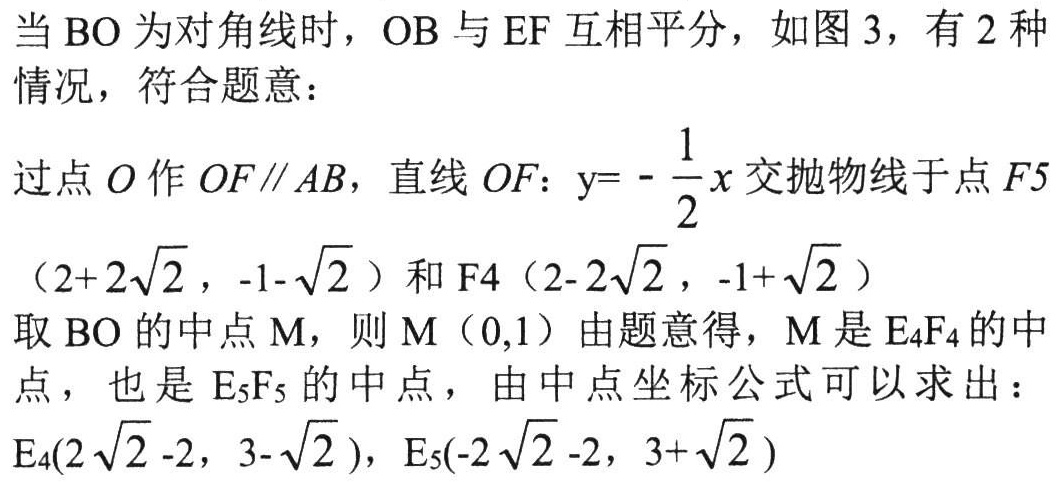
当$\mathrm{BO}$为对角线时，$\mathrm{OB}$与$\mathrm{EF}$互相平分，如图 3，有 2 种情况，符合题意：
过点$O$作$OF\parallel AB$，直线$OF$：$y = -\frac{1}{2}x$交抛物线于点$F5$
$(2 + 2\sqrt{2}, -1 - \sqrt{2})$和$F4(2 - 2\sqrt{2}, -1 + \sqrt{2})$
取$\mathrm{BO}$的中点$\mathrm{M}$，则$\mathrm{M}(0,1)$由题意得，$\mathrm{M}$是$\mathrm{E}_{4}\mathrm{F}_{4}$的中点，也是$\mathrm{E}_{5}\mathrm{F}_{5}$的中点，由中点坐标公式可以求出：
$\mathrm{E}_{4}(2\sqrt{2} - 2, 3 - \sqrt{2})$，$\mathrm{E}_{5}(-2\sqrt{2} - 2, 3 + \sqrt{2})$